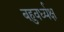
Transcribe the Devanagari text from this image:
बहुवर्ध्यक्ष